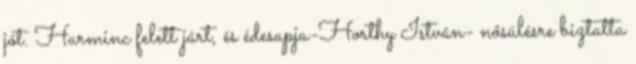
jót. Harminc felett járt, és édesapja-Horthy István- nősülésre biztatta